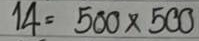
14 = 500x500